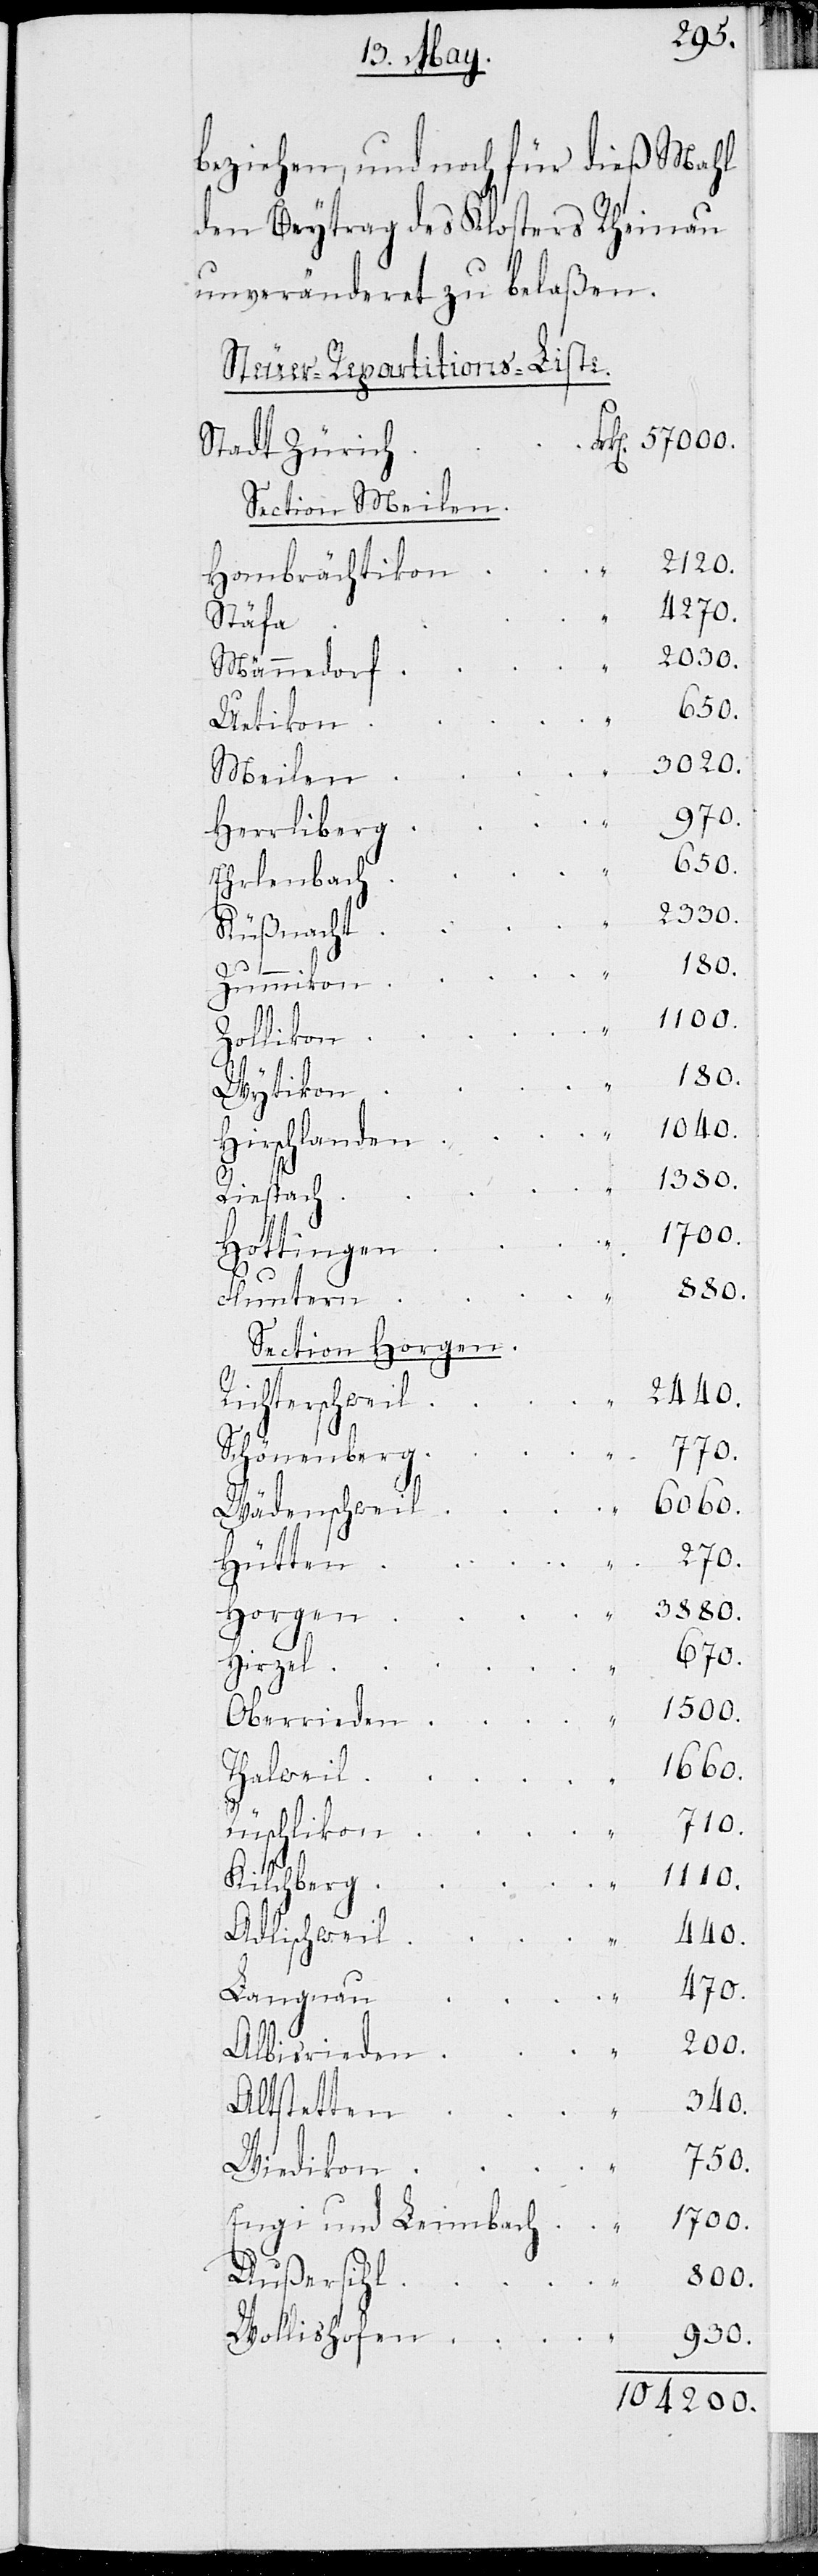
beziehen, und noch für dieß Mahl
den Beytrag des Klosters Rheinau
unveränderet zu belaßen.
Steuer-Repartitions-Liste
rk.	57000.
Stadt Zürich	F¬
Section Meilen
Hombrächtikon
Stäfa
Männedorf
Uetikon
Meilen
Herrliberg
Erlenbach
Küßnacht
Zummikon
104200.
Zollikon
Hirslanden
Riespach
Hottingen
Fluntern
Section Horgen
Richterschweil
Schönenberg
Wädenschweil
Hütten
Horgen
Hirzel
Oberrieden
Thalwil
Rüschlikon
Kilchberg
Adlischweil
Langnau
Albisrieden
Altstetten
Wiedikon
Enge und Leimbach
Außersihl
Wollishofen